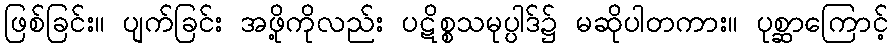
ဖြစ်ခြင်း။ ပျက်ခြင်း အဖို့ကိုလည်း ပဋိစ္စသမုပ္ပါဒ်၌ မဆိုပါတကား။ ပုစ္ဆာကြောင့်